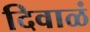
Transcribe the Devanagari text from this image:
दिवाळं